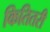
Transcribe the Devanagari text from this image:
कितितरी